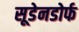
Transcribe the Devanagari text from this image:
सूडेनडोर्फ